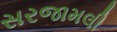
સરજામલી